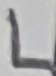
Text: L